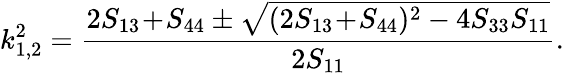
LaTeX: k_{1,2}^{2}=\frac{2S_{13}\! +\! S_{44}\pm\sqrt{(2S_{13}\! +\! S_{44})^{2}-4S_{33}S_{11}}}{2S_{11}}.